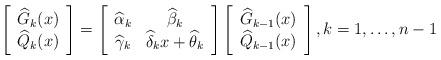
LaTeX: \begin{align*}\left[ \begin{array}{c} \widehat{G}_k(x) \\ \widehat{Q}_k(x) \end{array} \right]= \left[\begin{array}{cc} \widehat{\alpha}_k & \widehat{\beta}_k \\ \widehat{\gamma}_k & \widehat{\delta}_k x + \widehat{\theta}_k \end{array} \right]\left[\begin{array}{c} \widehat{G}_{k-1}(x) \\ \widehat{Q}_{k-1}(x) \end{array} \right], k = 1,\ldots,n-1\end{align*}